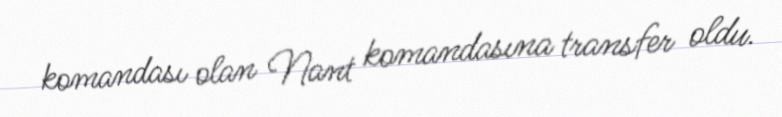
komandası olan Nant komandasına transfer oldu.